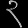
Digit: ၃